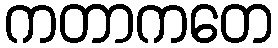
ကတာကတေ